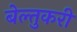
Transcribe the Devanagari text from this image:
बेल्तुकरी